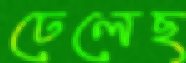
ঢেলেছ